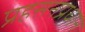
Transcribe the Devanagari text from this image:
प्रहसनप्रधान